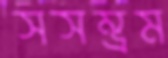
সসম্ভ্রম